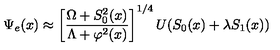
\Psi _ { e } ( x ) \approx \left[ \frac { \Omega + S _ { 0 } ^ { 2 } ( x ) } { \Lambda + \varphi ^ { 2 } ( x ) } \right] ^ { 1 / 4 } U ( S _ { 0 } ( x ) + \lambda S _ { 1 } ( x ) )